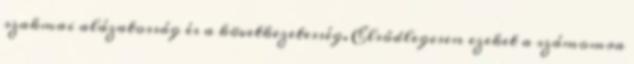
szakmai alázatosság és a következetesség. Elsôdlegesen ezeket a számomra